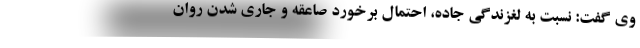
وی گفت: نسبت به لغزندگی جاده، احتمال برخورد صاعقه و جاری شدن روان